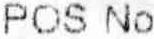
POS NO